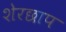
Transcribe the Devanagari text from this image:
शेरछाप